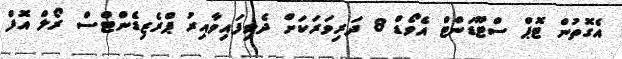
އެގޮތުން ޓޮޕް ސްޓޫޑަންޓް އެވޯޑް 8 ދަރިވަރަކަށް ދެވިފައިވާއިރު ޕްރެޒިޑެންޓްސް ރޯލް އޮފް